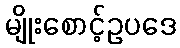
မျိုးစောင့်ဥပဒေ